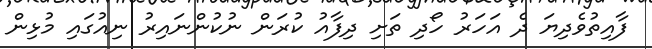
ފާއިތުވެދިޔަ ދެ އަހަރު ހޯދި ތަށި ދިފާއު ކުރަން ނުކުންނައިރު ނިއުގައި މުޅިން